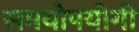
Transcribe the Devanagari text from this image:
समयोपयोगी